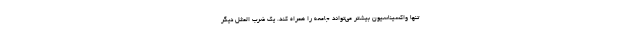
تنها واکسیناسیون بیشتر می‌تواند جامعه را همراه کند. یک ضرب المثل دیگر